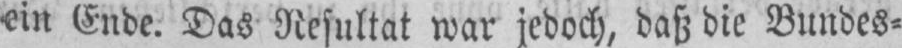
ein Ende. Das Resultat war jedoch, daß die Bundes⸗